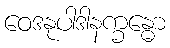
ဝေဒနုပါဒါနက္ခန္ဓော